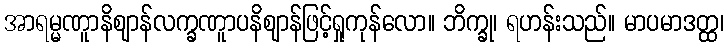
အာရမ္မဏူာနိဈာန်လက္ခဏူာပနိဈာန်ဖြင့်ရှုကုန်လော။ ဘိက္ခု၊ ရဟန်းသည်။ မာပမာဒတ္ထ၊